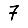
Digit: 7